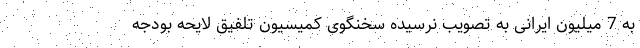
به 7 میلیون ایرانی به تصویب نرسیده سخنگوی کمیسیون تلفیق لایحه بودجه